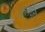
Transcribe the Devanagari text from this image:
फ्लैज